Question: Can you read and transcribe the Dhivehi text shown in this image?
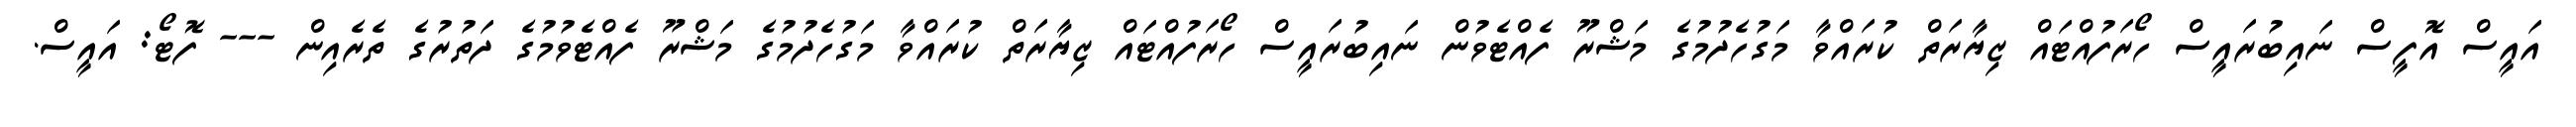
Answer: އައީސް އޮފީސް ނައިބުރައީސް ހޯރަފުއްޓައް ޒިޔާރަތް ކުރައްވާ މަގުހެދުމުގެ މަޝްރޫ ފެއްޓެވުން ނައިބުރައީސް ހޯރަފުއްޓައް ޒިޔާރަތް ކުރައްވާ މަގުހެދުމުގެ މަޝްރޫ ފެއްޓެވުމުގެ ދަތުރުގެ ތެރެއިން --- ފޮޓޯ: އައީސް.